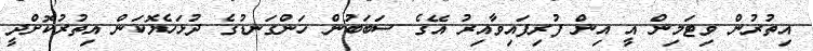
އިތުރުން ވިޓަމިން އީ އިން ފުރިފައިވާއިރު އޭގެ ސަބަބުން ހަންގަނޑުގެ ދުޅަހެޔޮކަން އިތުރުކޮށްދީ